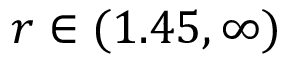
r \in ( 1 . 4 5 , \infty )